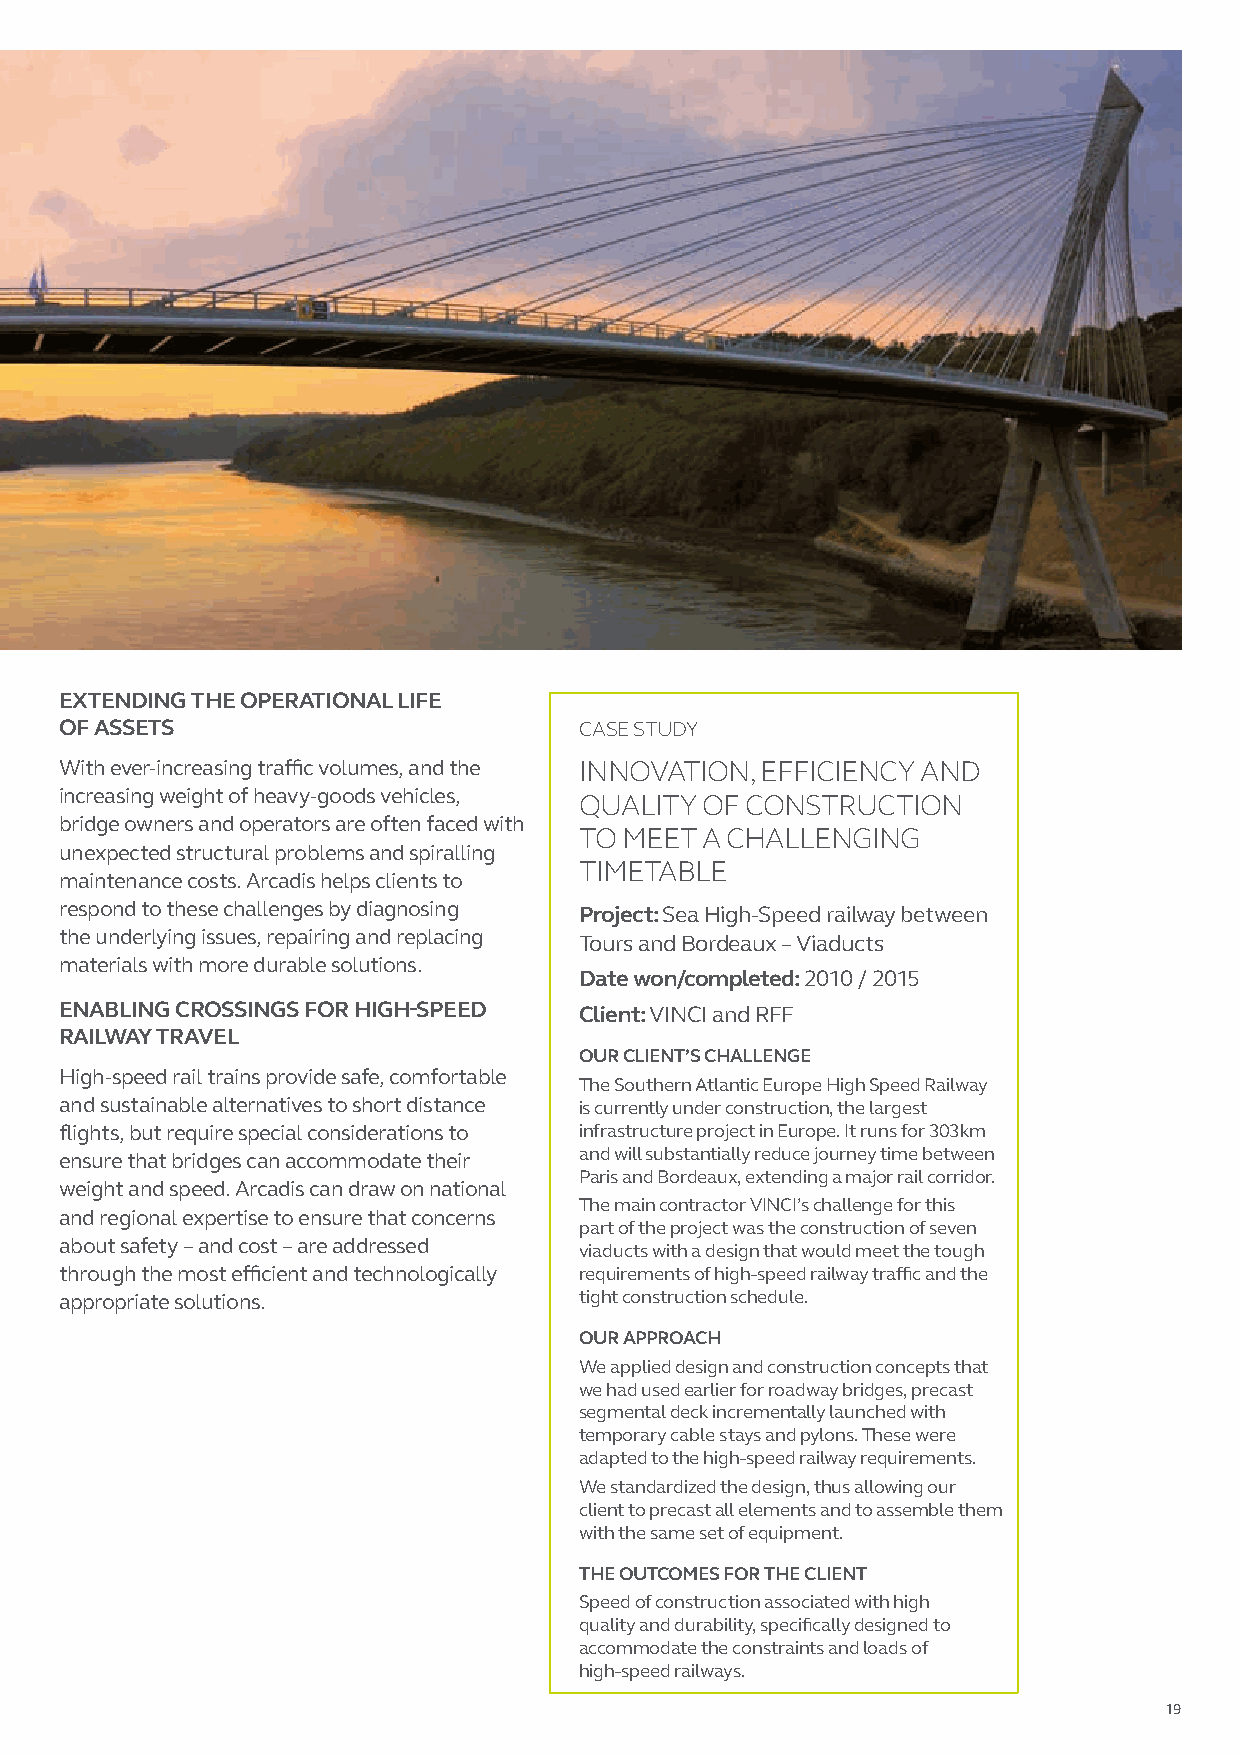
EXTENDING THE OPERATIONAL LIFE
 OF ASSETS                         CASE STUDY
 With ever-increasing traffic volumes, and the INNOVATION, EFFICIENCY AND
 increasing weight of heavy-goods vehicles, QUALITY OF CONSTRUCTION
 bridge owners and operators are often faced with
 TO MEET A CHALLENGING
 unexpected structural problems and spiralling
 TIMETABLE
 maintenance costs. Arcadis helps clients to
 respond to these challenges by diagnosing Project: Sea High-Speed railway between
 the underlying issues, repairing and replacing
 Tours and Bordeaux – Viaducts
 materials with more durable solutions.
 Date won/completed: 2010 / 2015
 ENABLING CROSSINGS FOR HIGH-SPEED Client: VINCI and RFF
 RAILWAY TRAVEL
 OUR CLIENT’S CHALLENGE
 High-speed rail trains provide safe, comfortable
 The Southern Atlantic Europe High Speed Railway
 and sustainable alternatives to short distance is currently under construction, the largest
 flights, but require special considerations to infrastructure project in Europe. It runs for 303km
 and will substantially reduce journey time between
 ensure that bridges can accommodate their
 Paris and Bordeaux, extending a major rail corridor.
 weight and speed. Arcadis can draw on national
 The main contractor VINCI’s challenge for this
 and regional expertise to ensure that concerns
 part of the project was the construction of seven
 about safety – and cost – are addressed
 viaducts with a design that would meet the tough
 through the most efficient and technologically requirements of high-speed railway traffic and the
 appropriate solutions.            tight construction schedule.
 OUR APPROACH
 We applied design and construction concepts that
 we had used earlier for roadway bridges, precast
 segmental deck incrementally launched with
 temporary cable stays and pylons. These were
 adapted to the high-speed railway requirements.
 We standardized the design, thus allowing our
 client to precast all elements and to assemble them
 with the same set of equipment.
 THE OUTCOMES FOR THE CLIENT
 Speed of construction associated with high
 quality and durability, specifically designed to
 accommodate the constraints and loads of
 high-speed railways.
 19